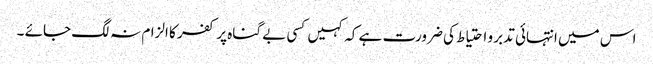
اس میں انتہائی تدبر و احتیاط کی ضرورت ہے کہ کہیں کسی بے گناہ پر کفر کا الزام نہ لگ جائے ۔